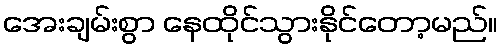
အေးချမ်းစွာ နေထိုင်သွားနိုင်တော့မည်။